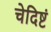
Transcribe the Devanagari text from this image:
चेदिष्टं